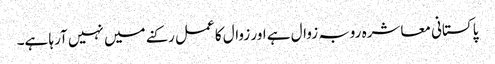
پاکستانی معاشرہ روبہ زوال ہے اور زوال کا عمل رکنے میں نہیں آرہا ہے۔